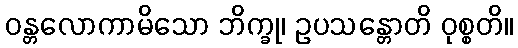
ဝန္တလောကာမိသော ဘိက္ခု၊ ဥပသန္တောတိ ဝုစ္စတိ။